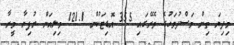
މިދިޔަ ތިން މަސްދުވަހުގެ ތެރޭގައި 355 އޮޑިޓަކުން 121.1 މިލިއަން ރުފިޔާ މީރާ